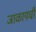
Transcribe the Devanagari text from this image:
जाळायची